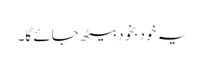
یہ خود بخود بیٹھ جائے گا۔